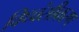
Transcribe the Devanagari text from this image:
विध्वंसीकरण